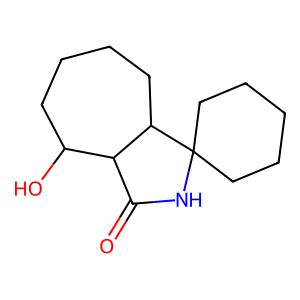
SMILES: O=C1NC2(CCCCC2)C2CCCCC(O)C12
Inhibits HIV replication: No